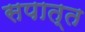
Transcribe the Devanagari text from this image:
सपात्त